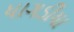
ધાગડીયા